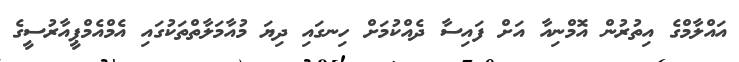
އައްލާމްގެ އިތުރުން އޮމްނިއާ އަށް ފައިސާ ދެއްކުމަށް ހިނގައި ދިޔަ މުއާމަލާތްތަކުގައި އެމްއެމްޕީއާރުސީގެ